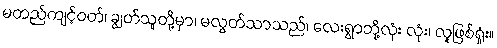
မတည်ကျင့်ဝတ်၊ ချွတ်သူတို့မှာ၊ မလွတ်သာသည်၊ လေးရွာဘို့လုံး လုံး၊ လူဖြစ်ရှုံး။